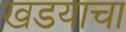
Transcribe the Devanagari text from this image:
खडयाचा